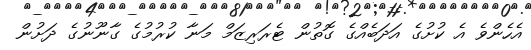
އެހެންވެ އެ ކުށުގެ އަދަބެއްގެ ގޮތުން ޓެރަރިޒަމް މަނާ ކުރުމުގެ ގާނޫނުގެ ދަށުން